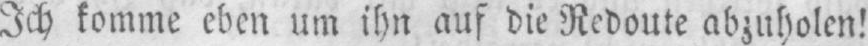
Ich komme eben um ihn auf die Redoute abzuholen!